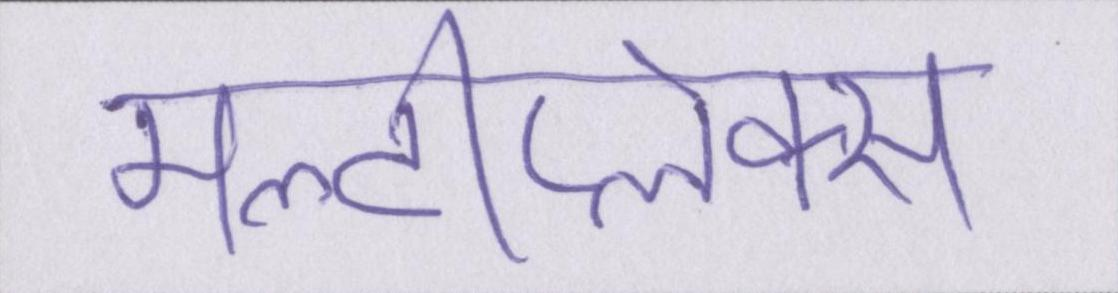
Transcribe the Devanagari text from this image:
मल्टीप्लेक्स